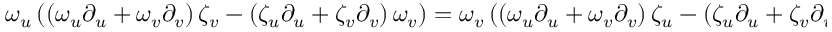
\omega _ { u } \left( \left( \omega _ { u } \partial _ { u } + \omega _ { v } \partial _ { v } \right) \zeta _ { v } - \left( \zeta _ { u } \partial _ { u } + \zeta _ { v } \partial _ { v } \right) \omega _ { v } \right) = \omega _ { v } \left( \left( \omega _ { u } \partial _ { u } + \omega _ { v } \partial _ { v } \right) \zeta _ { u } - \left( \zeta _ { u } \partial _ { u } + \zeta _ { v } \partial _ { v } \right) \omega _ { u } \right) .